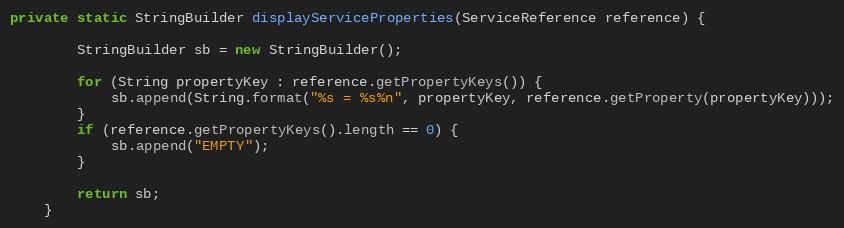
Language: Java
private static StringBuilder displayServiceProperties(ServiceReference reference) {

        StringBuilder sb = new StringBuilder();

        for (String propertyKey : reference.getPropertyKeys()) {
            sb.append(String.format("%s = %s%n", propertyKey, reference.getProperty(propertyKey)));
        }
        if (reference.getPropertyKeys().length == 0) {
            sb.append("EMPTY");
        }

        return sb;
    }